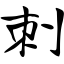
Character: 刺